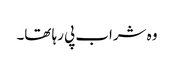
وہ شراب پی رہا تھا۔